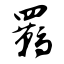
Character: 羁